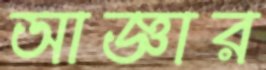
আজ্ঞার